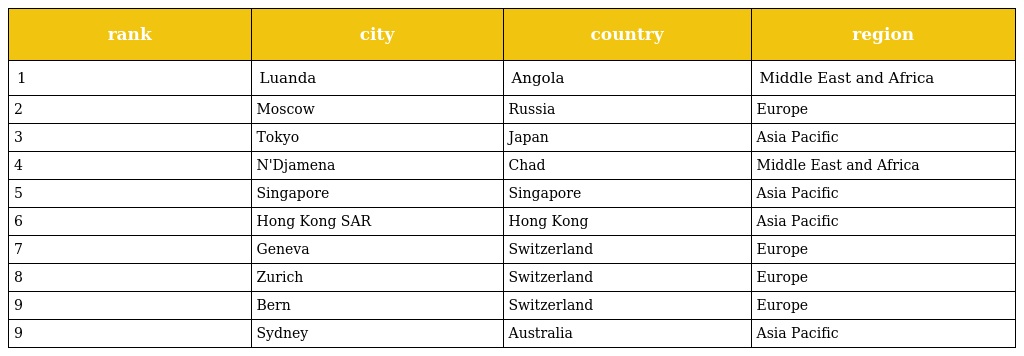
| rank | city | country | region |
 | --- | --- | --- | --- |
 | 1 | Luanda | Angola | Middle East and Africa |
 | 2 | Moscow | Russia | Europe |
 | 3 | Tokyo | Japan | Asia Pacific |
 | 4 | N'Djamena | Chad | Middle East and Africa |
 | 5 | Singapore | Singapore | Asia Pacific |
 | 6 | Hong Kong SAR | Hong Kong | Asia Pacific |
 | 7 | Geneva | Switzerland | Europe |
 | 8 | Zurich | Switzerland | Europe |
 | 9 | Bern | Switzerland | Europe |
 | 9 | Sydney | Australia | Asia Pacific |